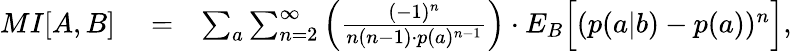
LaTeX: \begin{array}{rlr}{{MI}[A,B]}&{{}=}&{\sum_{a}\sum_{n=2}^{\infty}\Big(\frac{(-1)^{n}}{n(n-1)\cdot p(a)^{n-1}}\Big)\cdot{E}_{B}\Big[(p(a|b)-p(a))^{n}\Big],}\end{array}